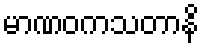
မာဏဝကသတာနိ